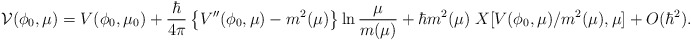
\begin{align*}{\cal V}(\phi_0,\mu) = V(\phi_0,\mu_0) +{\hbar \over {4\pi}}\left\{ V''(\phi_0,\mu) - m^2(\mu) \right\} \ln{\mu\over m(\mu)}+\hbar m^2(\mu) \; X[V(\phi_0,\mu)/m^2(\mu),\mu]+O(\hbar^2).\end{align*}